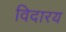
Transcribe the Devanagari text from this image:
विदारय